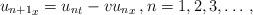
LaTeX: \begin{align*} {u_{n+1}}_x={u_n}_t - v {u_{n}}_x \, , n=1,2,3,\dots \, ,\end{align*}